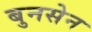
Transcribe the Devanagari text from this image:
बुनसेन